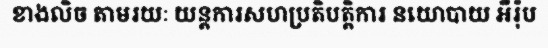
ខាងលិច តាមរយៈ យន្តការសហប្រតិបត្តិការ នយោបាយ អឺរ៉ុប